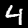
Digit: 4